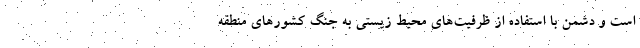
است و دشمن با استفاده از ظرفیت‌های محیط زیستی به جنگ کشورهای منطقه